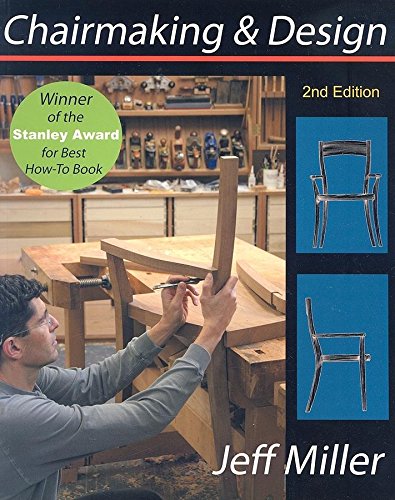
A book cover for Chairmaking & Design; Jeff Miller; Crafts, Hobbies & Home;